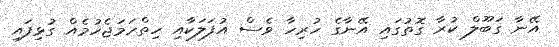
އޭނާ ގަބޫލް ކުރާ ގޮތުގައި އޭނާގެ ހުރިހާ ވެސް އުފަލަކާއި ހިތްހަމަޖެހުމެއް ގުޅިފައި